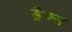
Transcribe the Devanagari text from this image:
ड्रैक्स